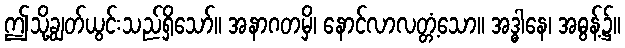
ဤသို့ချွတ်ယွင်းသည်ရှိသော်။ အနာဂတမှိ၊ နောင်လာလတ္တံ့သော။ အဒ္ဓါနေ၊ အဓွန့်၌။